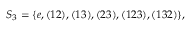
S _ { 3 } = \{ e , ( 1 2 ) , ( 1 3 ) , ( 2 3 ) , ( 1 2 3 ) , ( 1 3 2 ) \} ,